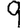
Digit: 9